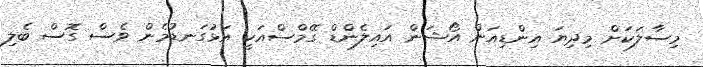
މިސާލަކަށް މިދިޔަ އިންޑިއަން އޯޝަން އައިލެންޑް ގޭމްސްއަކީ އަޅުގަނޑުމެން ވެސް ގޮސް ބެލި